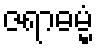
ဇရာဓမ္မံ